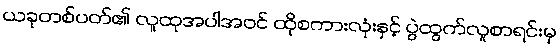
ယခုတစ်ပတ်၏ လူထုအပါအဝင် ထိုစကားလုံးနှင့် ပွဲထွက်လူစာရင်းမှ